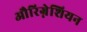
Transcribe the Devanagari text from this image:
औरिग्नेशियन